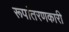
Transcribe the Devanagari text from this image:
रूपांतरणकारी